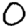
Digit: 0